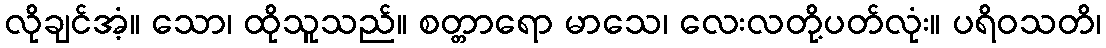
လိုချင်အံ့။ သော၊ ထိုသူသည်။ စတ္တာရော မာသေ၊ လေးလတို့ပတ်လုံး။ ပရိဝသတိ၊